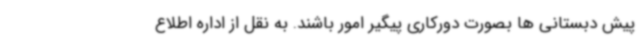
پیش دبستانی ها بصورت دورکاری پیگیر امور باشند. به نقل از اداره اطلاع